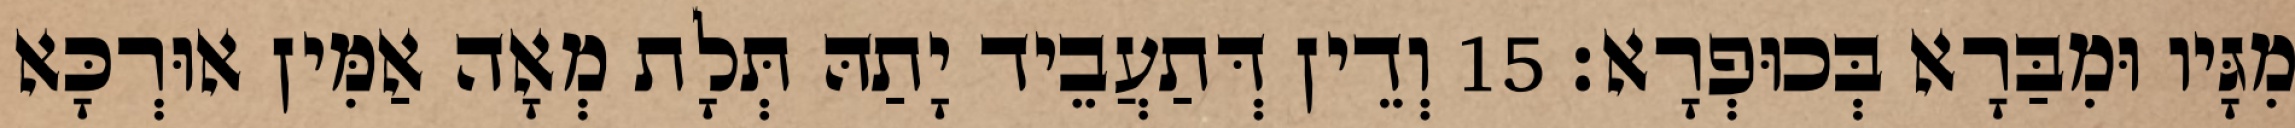
מִגָּיו וּמִבַּרָא בְּכוּפְרָא׃ 15 וְדֵין דְּתַעֲבֵיד יָתַהּ תְּלָת מְאָה אַמִּין אוּרְכָּא